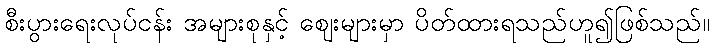
စီးပွားရေးလုပ်ငန်း အများစုနှင့် ဈေးများမှာ ပိတ်ထားရသည်ဟူ၍ဖြစ်သည်။